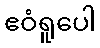
ဧဝံရူပေါ